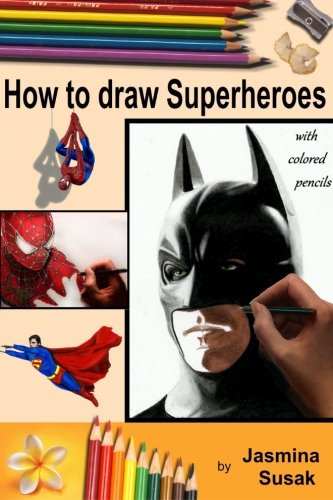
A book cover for How to draw Superheroes: with Colored Pencils in Realistic Style, Learn to Draw Cartoon Characters; Jasmina Susak; Arts & Photography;